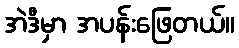
အဲဒီမှာ အပန်းဖြေတယ်။